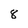
Character: 8